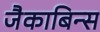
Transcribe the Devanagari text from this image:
जैकाबिन्स